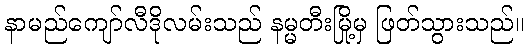
နာမည်ကျော်လီဒိုလမ်းသည် နမ္မတီးမြို့မှ ဖြတ်သွားသည်။